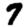
Digit: 7